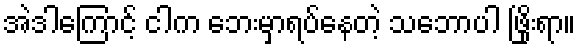
အဲဒါကြောင့် ငါက ဘေးမှာရပ်နေတဲ့ သဘောပါ ဖြိုးရာ။